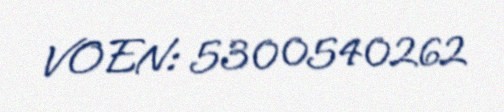
VOEN: 5300540262